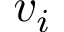
v _ { i }